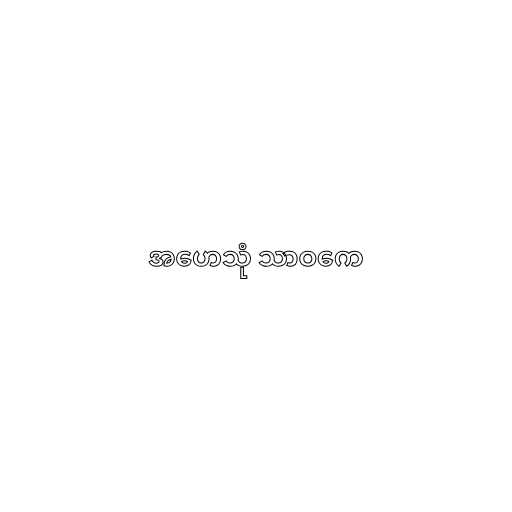
အဟေသုံ သာဝကေ